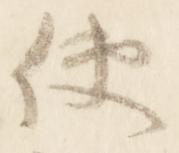
使